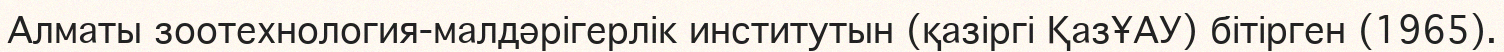
Алматы зоотехнология-малдәрігерлік институтын (қазіргі ҚазҰАУ) бітірген (1965).